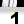
Digit: 1